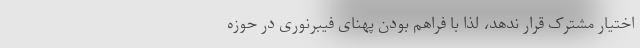
اختیار مشترک قرار ندهد، لذا با فراهم بودن پهنای فیبرنوری در حوزه